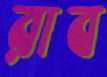
রাব